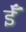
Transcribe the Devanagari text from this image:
ईँ